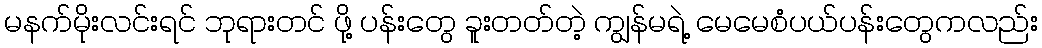
မနက်မိုးလင်းရင် ဘုရားတင် ဖို့ ပန်းတွေ ခူးတတ်တဲ့ ကျွန်မရဲ့ မေမေစံပယ်ပန်းတွေကလည်း